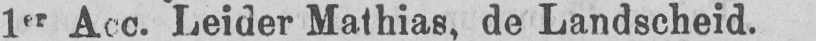
1er Acc. Leider Mathias, de Landscheid.